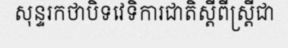
សុន្ទរកថាបិទវេទិការជាតិស្តីពីស្ត្រីជា